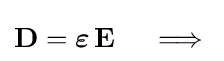
\mathbf {D} ={\boldsymbol {\varepsilon }}\,\mathbf {E} \quad \implies